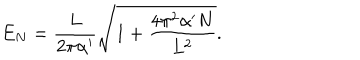
E _ { N } = \frac { L } { 2 \pi \alpha ^ { \prime } } \sqrt { 1 + \frac { 4 \pi ^ { 2 } \alpha ^ { \prime } N } { L ^ { 2 } } } .